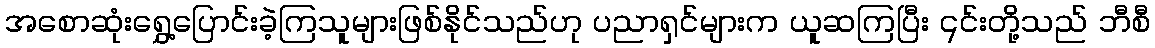
အစောဆုံးရွှေ့ပြောင်းခဲ့ကြသူများဖြစ်နိုင်သည်ဟု ပညာရှင်များက ယူဆကြပြီး ၎င်းတို့သည် ဘီစီ